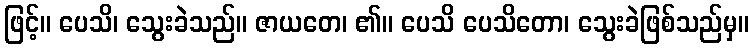
ဖြင့်။ ပေသိ၊ သွေးခဲသည်။ ဇာယတေ၊ ၏။ ပေသိ ပေသိတော၊ သွေးခဲဖြစ်သည်မှ။